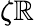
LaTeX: \zeta\mathbb{R}